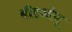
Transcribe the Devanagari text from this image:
बीएओयू